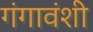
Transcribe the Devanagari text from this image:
गंगावंशी